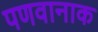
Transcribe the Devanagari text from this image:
पणवानाक